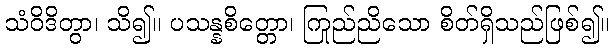
သံဝိဒိတွာ၊ သိ၍။ ပသန္နစိတ္တော၊ ကြည်ညိုသော စိတ်ရှိသည်ဖြစ်၍။